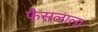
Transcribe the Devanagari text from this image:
फैसलाला